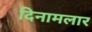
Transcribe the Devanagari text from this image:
दिनामलार